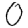
Digit: 0